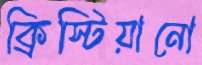
ক্রিস্টিয়ানো